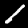
Label: 1